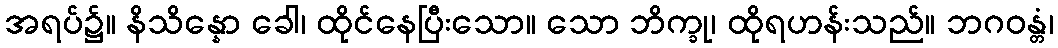
အရပ်၌။ နိသိန္နော ခေါ၊ ထိုင်နေပြီးသော။ သော ဘိက္ခု၊ ထိုရဟန်းသည်။ ဘဂဝန္တံ၊